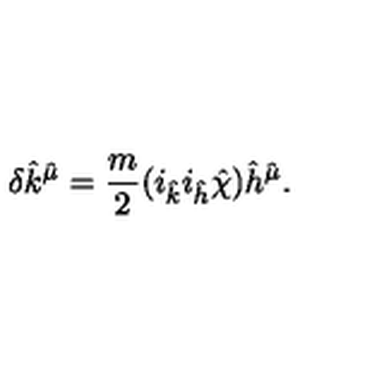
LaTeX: \delta { \hat { k } } ^ { \hat { \mu } } = \frac { m } { 2 } ( i _ { \hat { k } } i _ { \hat { h } } { \hat { \chi } } ) { \hat { h } } ^ { \hat { \mu } } .